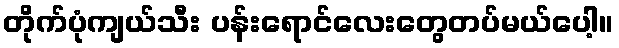
တိုက်ပုံကျယ်သီး ပန်းရောင်လေးတွေတပ်မယ်ပေါ့။